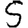
Digit: 5